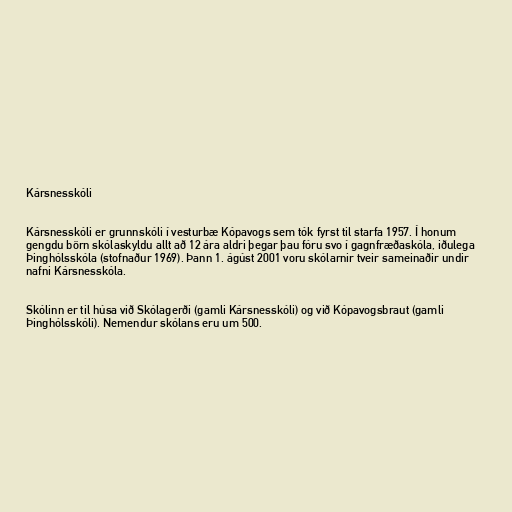
Kársnesskóli

Kársnesskóli er grunnskóli í vesturbæ Kópavogs sem tók fyrst til starfa 1957. Í honum
gengdu börn skólaskyldu allt að 12 ára aldri þegar þau fóru svo í gagnfræðaskóla, iðulega
Þinghólsskóla (stofnaður 1969). Þann 1. ágúst 2001 voru skólarnir tveir sameinaðir undir
nafni Kársnesskóla.

Skólinn er til húsa við Skólagerði (gamli Kársnesskóli) og við Kópavogsbraut (gamli
Þinghólsskóli). Nemendur skólans eru um 500.